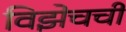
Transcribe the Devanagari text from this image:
विझेचची